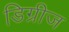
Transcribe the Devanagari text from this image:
डिग्रीज